Malaria in the Duars
Disease focus: Malaria
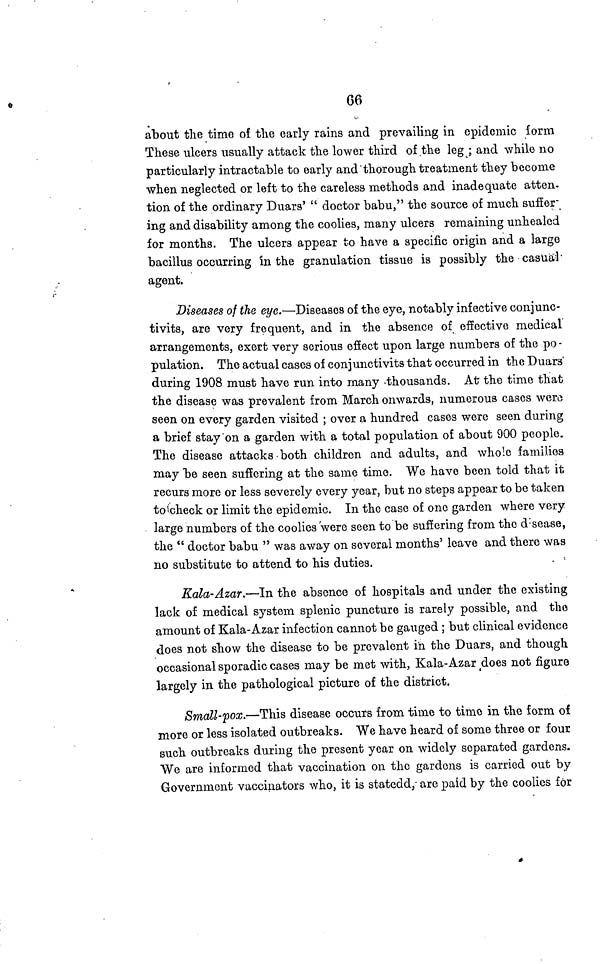
66
about the time of the early rains and prevailing in epidemic form
These ulcers usually attack the lower third of the leg ; and while no
particularly intractable to early and "thorough treatment they become
when neglected or left to the careless methods and inadequate atten-
tion of the ordinary Duars' " doctor babu," the source of much suffer'
ing and disability among the coolies, many ulcers remaining unhealed
for months. The ulcers appear to have a specific origin and a large
bacillus occurring in the granulation tissue is possibly the casual ·
agent.
Diseases of the eye.—Diseases of the eye, notably infective conjunc-
tivits, are very frequent, and in the absence of effective medical
arrangements, exert very serious effect upon large numbers of the po -
pulation. The actual cases of conjunctivits that occurred in the Duars'
during 1908 must have run into many -thousands. At the time that
the disease was prevalent from March onwards, numerous cases were
seen on every garden visited ; over a hundred cases were seen during
a brief stay on a garden with a total population of about 900 people.
The disease attacks both children and adults, and whole families
may be seen suffering at the same time. We have been told that it
recurs more or less severely every year, but no steps appear to be taken
to check or limit the epidemic. In the case of one garden where very
large numbers of the coolies were seen to be suffering from the disease,
the " doctor babu " was away on several months' leave and there was
no substitute to attend to his duties.
Kala-Azar.—In the absence of hospitals and under the existing
lack of medical system splenic puncture is rarely possible, and the
amount of Kala-Azar infection cannot be gauged; but clinical evidence
does not show the disease to be prevalent in the Duars, and though
occasional sporadic cases may be met with, Kala-Azar does not figure
largely in the pathological picture of the district.
Small-pox.—This disease occurs from time to time in the form of
more or less isolated outbreaks. We have heard of some three or four
such outbreaks during the present year on widely separated gardens.
We are informed that vaccination on the gardens is carried out by
Government vaccinators who, it is statedd," are paid by the coolies for